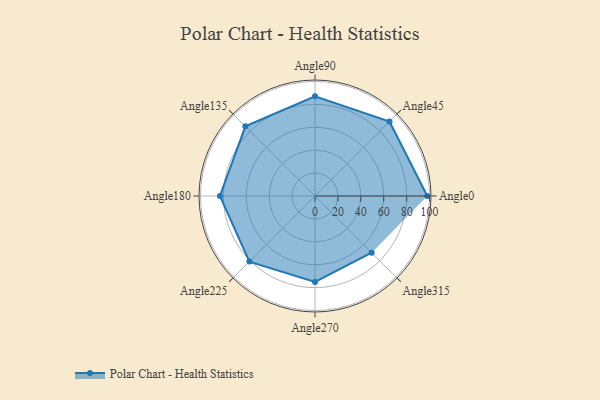
{"axis": {"x": "Angle", "y": "Radius"}, "legend": [""], "data": [{"x": "Angle0", "y": 98.0, "type": ""}, {"x": "Angle45", "y": 92.0, "type": ""}, {"x": "Angle90", "y": 87.0, "type": ""}, {"x": "Angle135", "y": 86.0, "type": ""}, {"x": "Angle180", "y": 83.0, "type": ""}, {"x": "Angle225", "y": 81.0, "type": ""}, {"x": "Angle270", "y": 75.0, "type": ""}, {"x": "Angle315", "y": 70.0, "type": ""}]}